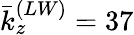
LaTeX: {\bar{k}}_{z}^{(LW)}=37